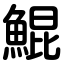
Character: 鯤